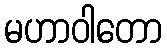
မဟာဝါတော